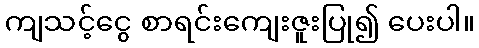
ကျသင့်ငွေ စာရင်းကျေးဇူးပြု၍ ပေးပါ။